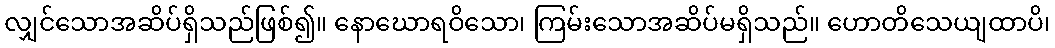
လျှင်သောအဆိပ်ရှိသည်ဖြစ်၍။ နောဃောရဝိသော၊ ကြမ်းသောအဆိပ်မရှိသည်။ ဟောတိသေယျထာပိ၊